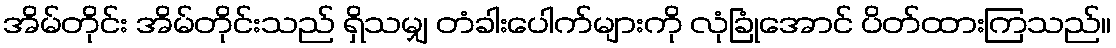
အိမ်တိုင်း အိမ်တိုင်းသည် ရှိသမျှ တံခါးပေါက်များကို လုံခြုံအောင် ပိတ်ထားကြသည်။